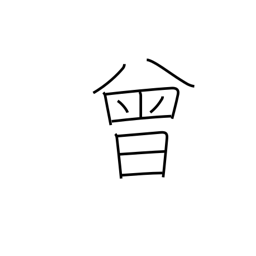
Meaning: once